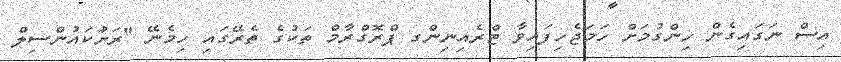
އިސް ނަގައިގެން ހިންގުމަށް ހަމަޖެހިފައިވާ ޓްރެއިނިންގ ޕްރޮގްރާމް ތަކުގެ ތެރޭގައި ހިމެނޭ "ރަށުަކައުންސިލް